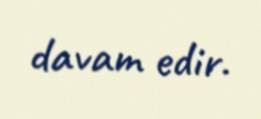
davam edir.